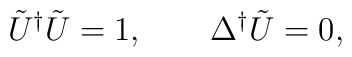
\tilde{U}^\dag\tilde{U}=1,\qquad\Delta^\dag\tilde{U}=0,